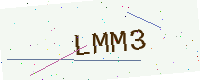
Text: LMM3